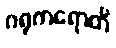
ဂရုကရောတိ